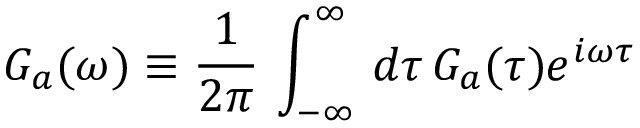
G _ { a } ( \omega ) \equiv \frac { 1 } { 2 \pi } \, \int _ { - \infty } ^ { \infty } \, d \tau \, G _ { a } ( \tau ) e ^ { i \omega \tau }